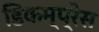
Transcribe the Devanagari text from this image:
डिकम्प्रेस